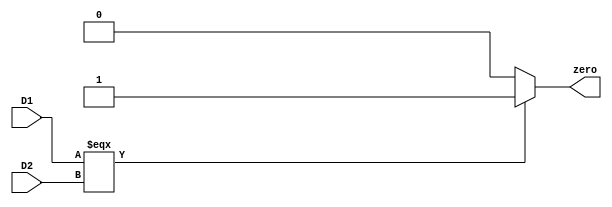
`timescale 1ns / 1ps
//////////////////////////////////////////////////////////////////////////////////
// Company: 
// Engineer: 
// 
// Design Name: 
// Module Name:    CMP 
// Project Name: 
// Target Devices: 
// Tool versions: 
// Description: 
//
// Dependencies: 
//
// Revision: 
// Revision 0.01 - File Created
// Additional Comments: 
//
//////////////////////////////////////////////////////////////////////////////////
module CMP(
    input [31:0] D1,
    input [31:0] D2,
    output zero
    );

	 assign zero = (D1 === D2)?1:0;

endmodule